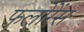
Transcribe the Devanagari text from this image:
फलोरेंस